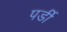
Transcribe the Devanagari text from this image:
पर्डी